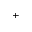
^ { + }